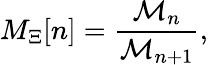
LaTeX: M_{\Xi}[n]=\frac{{\cal M}_{n}}{{\cal M}_{n+1}},